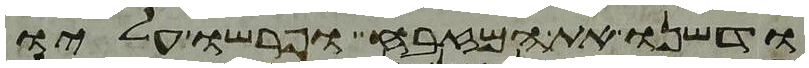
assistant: ודשנו את המזבח ופרשו עליו